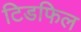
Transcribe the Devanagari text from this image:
टिडफिल